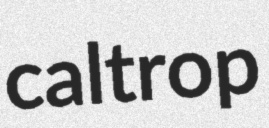
caltrop